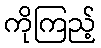
ကိုကြည့်